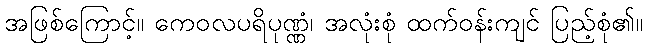
အဖြစ်ကြောင့်။ ကေဝလပရိပုဏ္ဏံ၊ အလုံးစုံ ထက်ဝန်းကျင် ပြည့်စုံ၏။